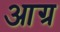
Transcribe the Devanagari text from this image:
आग्र